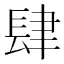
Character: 肆